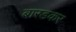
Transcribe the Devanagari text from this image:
बारडकर